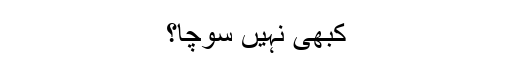
کبھی نہیں سوچا؟